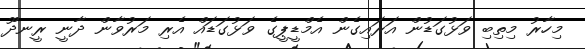
މިހާރު މިތިބި ވަޅުގަޑުން އަރައިގެން އެމްޑީޕީގެ ވަޅުގަޑައް އެރި މަރުވާން ދާނީ ރީނދޫ